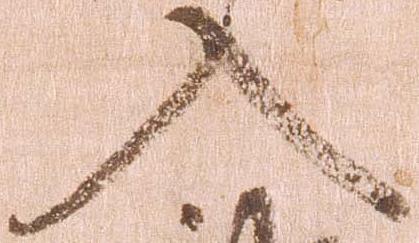
入